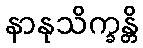
နာနုသိက္ခန္တိ